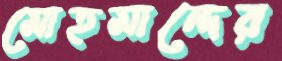
মোহমান্দের